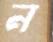
ন